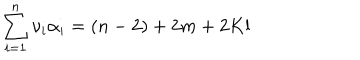
\sum _ { i = 1 } ^ { n } \nu _ { i } \alpha _ { i } = ( n - 2 ) + 2 m + 2 K l